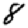
Digit: 8